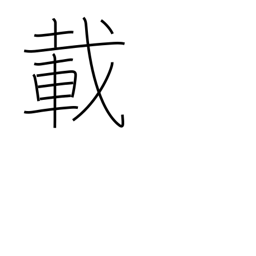
Meaning: 10**44